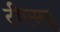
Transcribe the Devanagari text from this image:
टीएसयू